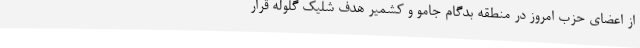
از اعضای حزب امروز در منطقه بدگام جامو و کشمیر هدف شلیک گلوله قرار